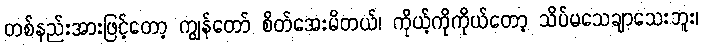
တစ်နည်းအားဖြင့်တော့ ကျွန်တော် စိတ်အေးမိတယ်၊ ကိုယ့်ကိုကိုယ်တော့ သိပ်မသေချာသေးဘူး၊